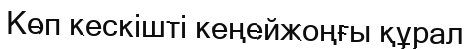
Көп кескішті кеңейжоңғы құрал